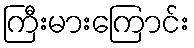
ကြီးမားကြောင်း